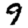
Digit: 9